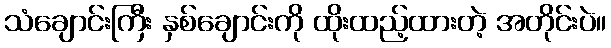
သံချောင်းကြီး နှစ်ချောင်းကို ထိုးထည့်ထားတဲ့ အတိုင်းပဲ။